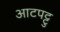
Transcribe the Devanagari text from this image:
आटपट्टु